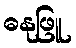
ဓနုဖြူ